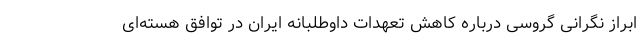
ابراز نگرانی گروسی درباره کاهش تعهدات داوطلبانه ایران در توافق هسته‌ای